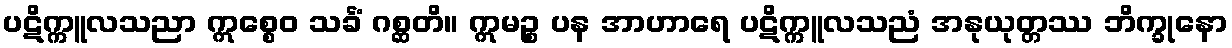
ပဋိက္ကူလသညာ ဣစ္စေဝ သင်္ခံ ဂစ္ဆတိ။ ဣမဉ္စ ပန အာဟာရေ ပဋိက္ကူလသညံ အနုယုတ္တဿ ဘိက္ခုနော